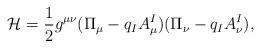
LaTeX: \begin{align*}\mathcal{H} = \frac 12 g^{\mu\nu}(\Pi_{\mu} - q_I A^I_{\mu}) (\Pi_{\nu} -q_I A^I_{\nu}),\end{align*}